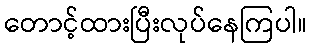
တောင့်ထားပြီးလုပ်နေကြပါ။